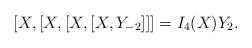
LaTeX: \begin{align*}[X,[X,[X,[X,Y_{-2}]]]=I_4(X)Y_2.\end{align*}